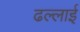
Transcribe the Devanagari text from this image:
ढल्लाई